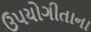
ઉપયોગીતાના